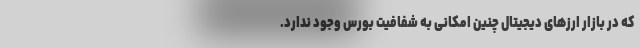
که در بازار ارزهای دیجیتال چنین امکانی به شفافیت بورس وجود ندارد.